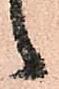
候